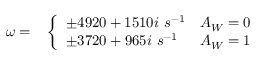
\begin{array} { r l } { \omega = } & { { } \left\{ \begin{array} { l l } { \pm 4 9 2 0 + 1 5 1 0 i \ s ^ { - 1 } } & { A _ { W } = 0 } \\ { \pm 3 7 2 0 + 9 6 5 i \ s ^ { - 1 } } & { A _ { W } = 1 } \end{array} \right. } \end{array}